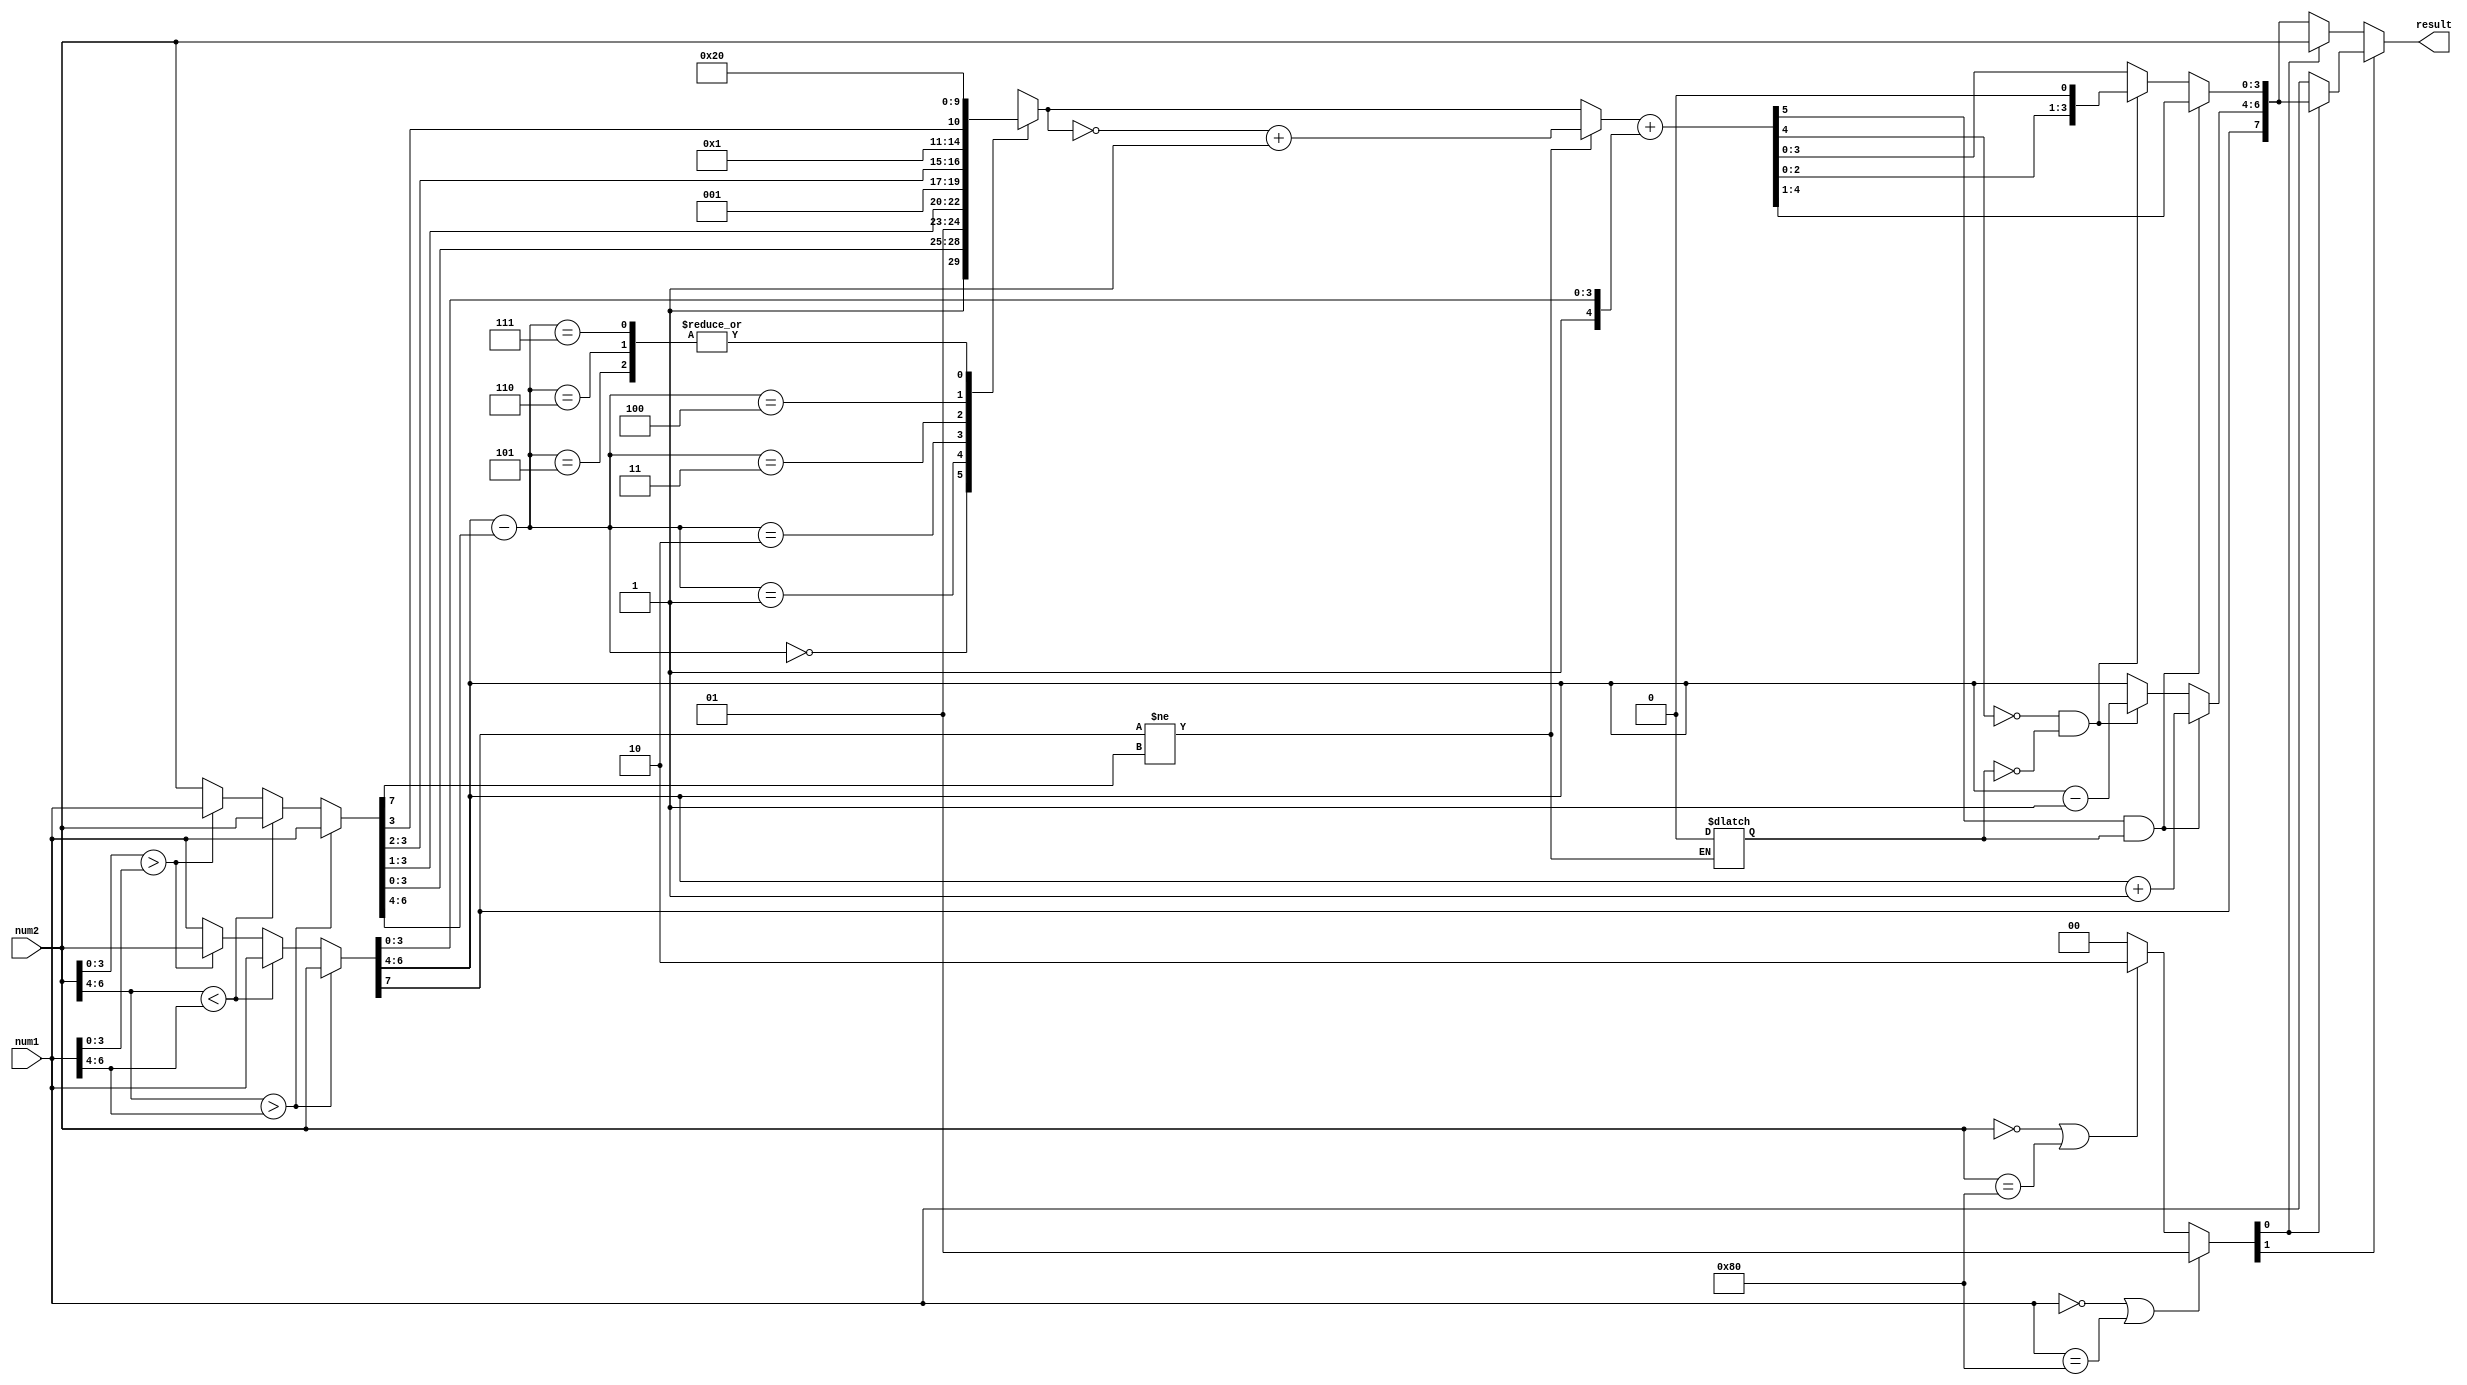
/*Floating Point Adder*/
/*
1. determine the big and smaller number (absolute) by comparing exponential first and then fractional
2. get the difference between two numbers to shift the smaller number right
3. add the implied 1 to the two fraction numbers (big_frac, small_frac) and 2's complement the smaller number
4. add two floating number together, if sum[5]&two_comp is 1, select sum[4:1] and discard sum[0]
5. increase the temp_ex if sum[5]&two_comp is 1, and decrease if !sum[5]&!two_comp is 1 
								(result frac needs to shift left ex. 110-011 = 011)
6. assign results to temp_result, shift sum left and select sum[3:0] if !sum[5]&!two_comp is 1
7. check if a zero occurs select the result
*/
/**/
module fp_adder(num1, num2, result); //module fp_adder(num1, num2, result, overflow);
  input [7:0] num1, num2;
  output [7:0] result;
  //output overflow;
  reg [7:0] big_num, small_num; //to seperate big and small numbers 8-bit (absolute number)
  wire [3:0] big_frac, small_frac; //to hold fraction part, 4-bit
  wire [2:0] big_ex, small_ex; //to hold exponent part, 3-bit
  wire [3:0] temp_ex;
  wire big_sig, small_sig; // signs
  reg two_comp; // 0 = 2's complement activated
  reg [1:0] zero; // 0->nonzero, 1->num1==0, 2->num2==0
  wire [7:0] temp_result;
  wire [4:0] big_float, small_float; //to hold as float number with implied 1
  reg [4:0] sign_small_float, shifted_small_float; //preparing small float
  wire [2:0] ex_diff; //difrence between exponentials ; 2^3; largest diff is 4-(-3)= 7, but shift larger than 4 will be ignored (underflow)
  wire [5:0] sum; //sum of numbers with integer parts
  
  initial 
	two_comp = 1; //2's complement activated indicates a subtraction, 

  //assign overflow = (big_sig & small_sig) & ((&big_ex) & (&small_ex)) & sum[5];
  assign temp_result[7] = big_sig; //result sign same as big sign
  assign temp_result[6:4] = temp_ex[2:0]; //get result exponent from temp_ex
  assign temp_result[3:0] = (sum[5]&two_comp) ? sum[4:1] : (((!sum[4])&(!two_comp)) ? {sum[2:0],1'b0} : sum[3:0]);

  assign result = (zero[1]) ? (zero[0] ? temp_result : num1) : (zero[0] ? num2 : temp_result); // if num2==0, result==num1...
  //decode numbers
  assign {big_sig, big_ex, big_frac} = big_num;
  assign {small_sig, small_ex, small_frac} = small_num;
  //add integer parts
  assign big_float = {1'b1, big_frac};
  assign small_float = {1'b1, small_frac};
  assign ex_diff = big_ex - small_ex; //diffrence between exponents
  assign sum = sign_small_float + big_float; //add numbers

  /*increase exponent if sum[5]=1 -> shifted left*/
  /*decrease exponent if sum[4]=0 and 2's complement executed -> shifted right*/
  assign temp_ex = (sum[5]&two_comp) ? (big_ex + 3'b1) : (((!sum[4])&(!two_comp)) ? (big_ex - 3'b1) : big_ex);

  always@* //shift small number to exponent of big number
    begin
      case (ex_diff)
        0: shifted_small_float = small_float;
        1: shifted_small_float = (small_float >> 1);
        2: shifted_small_float = (small_float >> 2);
        3: shifted_small_float = (small_float >> 3);
        4: shifted_small_float = (small_float >> 4);
        5: shifted_small_float = (small_float >> 5);
        6: shifted_small_float = (small_float >> 6);
        7: shifted_small_float = (small_float >> 7);
        default: shifted_small_float = 5'b0;
      endcase
    end

  always@* //if signs are diffrent take 2s compliment of small number
    begin
      if(big_sig != small_sig)
        begin
          sign_small_float = ~shifted_small_float + 5'b1;
	  two_comp = 0;
        end
      else
        begin
          sign_small_float = shifted_small_float;
        end
    end

  always@* //check zero
    begin
      if(num1 == 8'b00000000 | num1 == 8'b10000000)
        begin
          zero <= 1;
        end
      else if(num2 == 8'b00000000 | num2 == 8'b10000000)
        begin
          zero <= 2;
        end
      else
        begin
          zero <= 0;
        end
    end

  always@* //determine big number
    begin
      if(num2[6:4] > num1[6:4])
        begin
          big_num = num2;
          small_num = num1;
        end
      else if(num2[6:4] < num1[6:4])
        begin
          big_num = num1;
          small_num = num2;
        end
      else //if(num2[6:4] == num1[6:4])
        begin
          if(num2[3:0] > num1[3:0]) //if exponentials are the same, then compare fractions
            begin
              big_num = num2;
              small_num = num1;
            end
          else
            begin
              big_num = num1;
              small_num = num2;
            end
        end

    end

endmodule